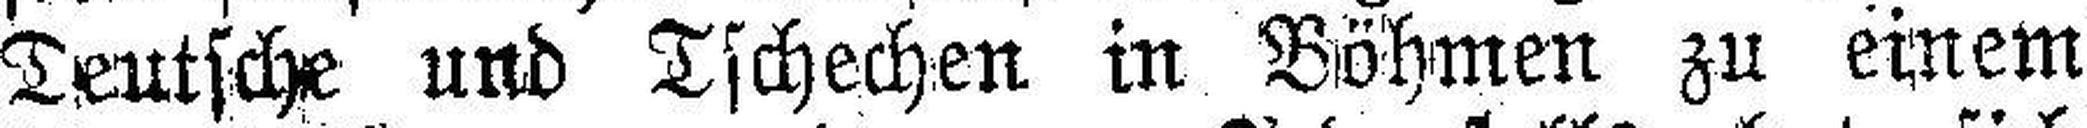
Deutsche und Tschechen in Böhmen zu einem